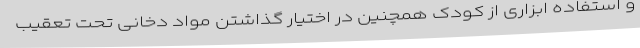
و استفاده ابزاری از کودک همچنین در اختیار گذاشتن مواد دخانی تحت تعقیب